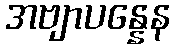
အဗျာပန္နေန